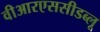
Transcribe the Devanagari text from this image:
वीआरएससीडब्लू